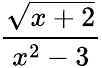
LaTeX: \frac{\sqrt{x+2}}{x^{2}-3}